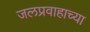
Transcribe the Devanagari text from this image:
जलप्रवाहाच्या